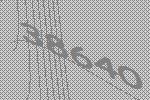
38640